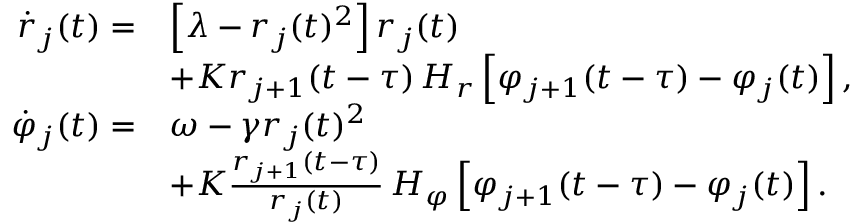
\begin{array} { r l } { \dot { r } _ { j } ( t ) = } & { \left[ \lambda - r _ { j } ( t ) ^ { 2 } \right] r _ { j } ( t ) } \\ & { + K r _ { j + 1 } ( t - \tau ) \, H _ { r } \left[ \varphi _ { j + 1 } ( t - \tau ) - \varphi _ { j } ( t ) \right] , } \\ { \dot { \varphi } _ { j } ( t ) = } & { \omega - \gamma r _ { j } ( t ) ^ { 2 } } \\ & { + K \frac { r _ { j + 1 } ( t - \tau ) } { r _ { j } ( t ) } \, H _ { \varphi } \left[ \varphi _ { j + 1 } ( t - \tau ) - \varphi _ { j } ( t ) \right] . } \end{array}